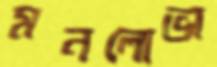
মনলোভা